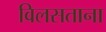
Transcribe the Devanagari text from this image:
विलसताना